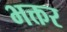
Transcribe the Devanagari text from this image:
भक्तर